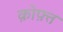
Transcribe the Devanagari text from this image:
क़ोफ़्त